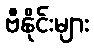
ဗီနိုင်းများ